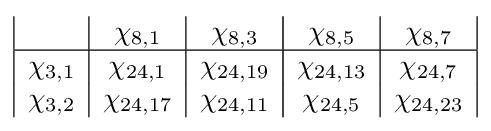
{\begin{array}{|c|c|c|c|c|c|c|}&\chi _{8,1}&\chi _{8,3}&\chi _{8,5}&\chi _{8,7}\\\hline \chi _{3,1}&\chi _{24,1}&\chi _{24,19}&\chi _{24,13}&\chi _{24,7}\\\chi _{3,2}&\chi _{24,17}&\chi _{24,11}&\chi _{24,5}&\chi _{24,23}\\\end{array}}